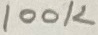
Text: 100K